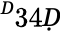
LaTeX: ^Ḋ34Ḍ